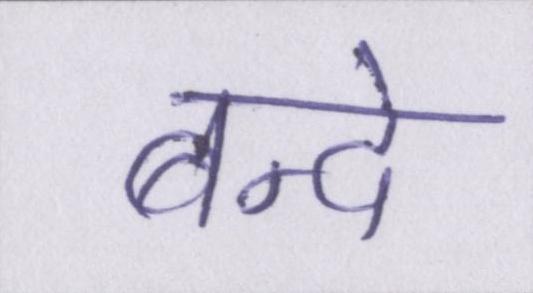
बन्दे